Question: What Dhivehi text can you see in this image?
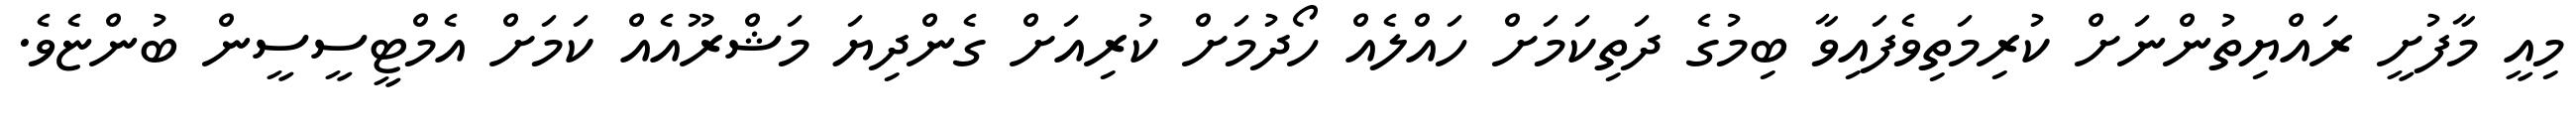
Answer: މިއީ މާފުށީ ރައްޔިތުންނަށް ކުރިމަތިވެފައިވާ ބިމުގެ ދަތިކަމަށް ހައްލެއް ހޯދުމަށް ކުރިއަށް ގެންދިޔަ މަޝްރޫއެއް ކަމަށް އެމްޓީސީސީން ބުންޏެވެ.